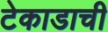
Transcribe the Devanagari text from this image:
टेकाडाची